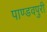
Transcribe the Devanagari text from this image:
पाण्डवपुरी